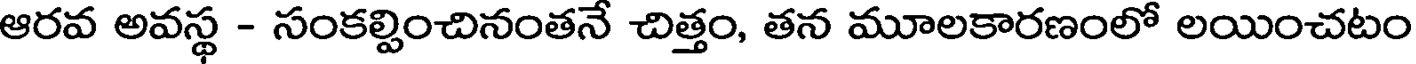
ఆరవ అవస్థ - సంకల్పించినంతనే చిత్తం, తన మూలకారణంలో లయించటం